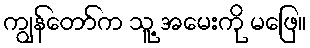
ကျွန်တော်က သူ့ အမေးကို မဖြေ။